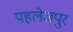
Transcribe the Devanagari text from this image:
पहलेजपुर